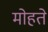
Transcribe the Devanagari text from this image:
मोहते